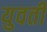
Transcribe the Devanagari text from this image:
युवतीं